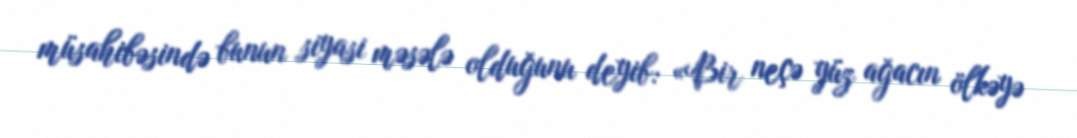
müsahibəsində bunun siyasi məsələ olduğunu deyib: «Bir neçə yüz ağacın ölkəyə